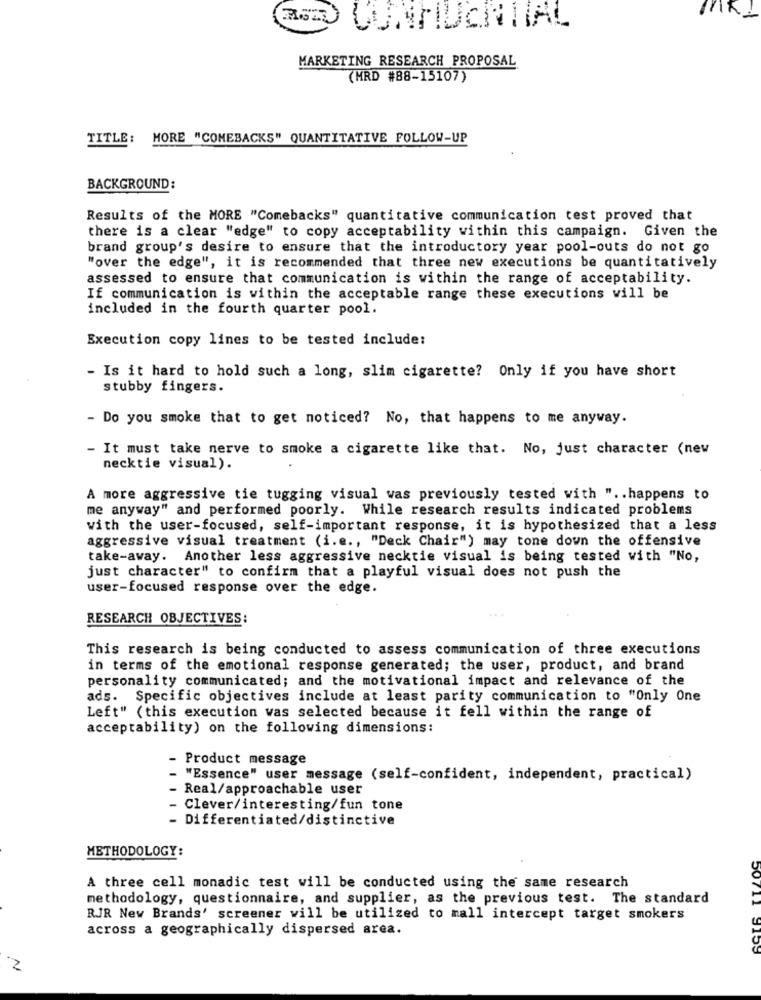
IS CONFIDENTIAL
MARKETING RESEARCH PROPOSAL
(MRD #88-15107)
TITLE: MORE "COMEBACKS" QUANTITATIVE FOLLOW-UP
BACKGROUND:
Results of the MORE "Comebacks" quantitative communication test proved that
there is a clear "edge" to copy acceptability within this campaign. Given the
brand group's desire to ensure that the introductory year pool-outs do not go
"over the edge", it is recommended that three new executions be quantitatively
assessed to ensure that communication is within the range of acceptability.
If communication is within the acceptable range these executions will be
included in the fourth quarter pool.
Execution copy lines to be tested include:
- Is it hard to hold such a long, slim cigarette? Only if you have short
stubby fingers.
- Do you smoke that to get noticed? No, that happens to me anyway.
- It must take nerve to smoke a cigarette like that. No, just character (new
necktie visual).
A more aggressive tie tugging visual was previously tested with " .. happens to
me anyway" and performed poorly. While research results indicated problems
with the user-focused, self-important response, it is hypothesized that a less
aggressive visual treatment (i.e ., "Deck Chair") may tone down the offensive
take-away. Another less aggressive necktie visual is being tested with "No,
just character" to confirm that a playful visual does not push the
user-focused response over the edge.
RESEARCH OBJECTIVES:
This research is being conducted to assess communication of three executions
in terms of the emotional response generated; the user, product, and brand
personality communicated; and the motivational impact and relevance of the
ads. Specific objectives include at least parity communication to "Only One
Left" (this execution was selected because it fell within the range of
acceptability) on the following dimensions:
Product message
"Essence" user message (self-confident, independent, practical)
- Real/approachable user
- Clever/interesting/fun tone
- Differentiated/distinctive
METHODOLOGY:
A three cell monadic test will be conducted using the same research
methodology, questionnaire, and supplier, as the previous test. The standard
RJR New Brands' screener will be utilized to mall intercept target smokers
across a geographically dispersed area.
50711 9153
2